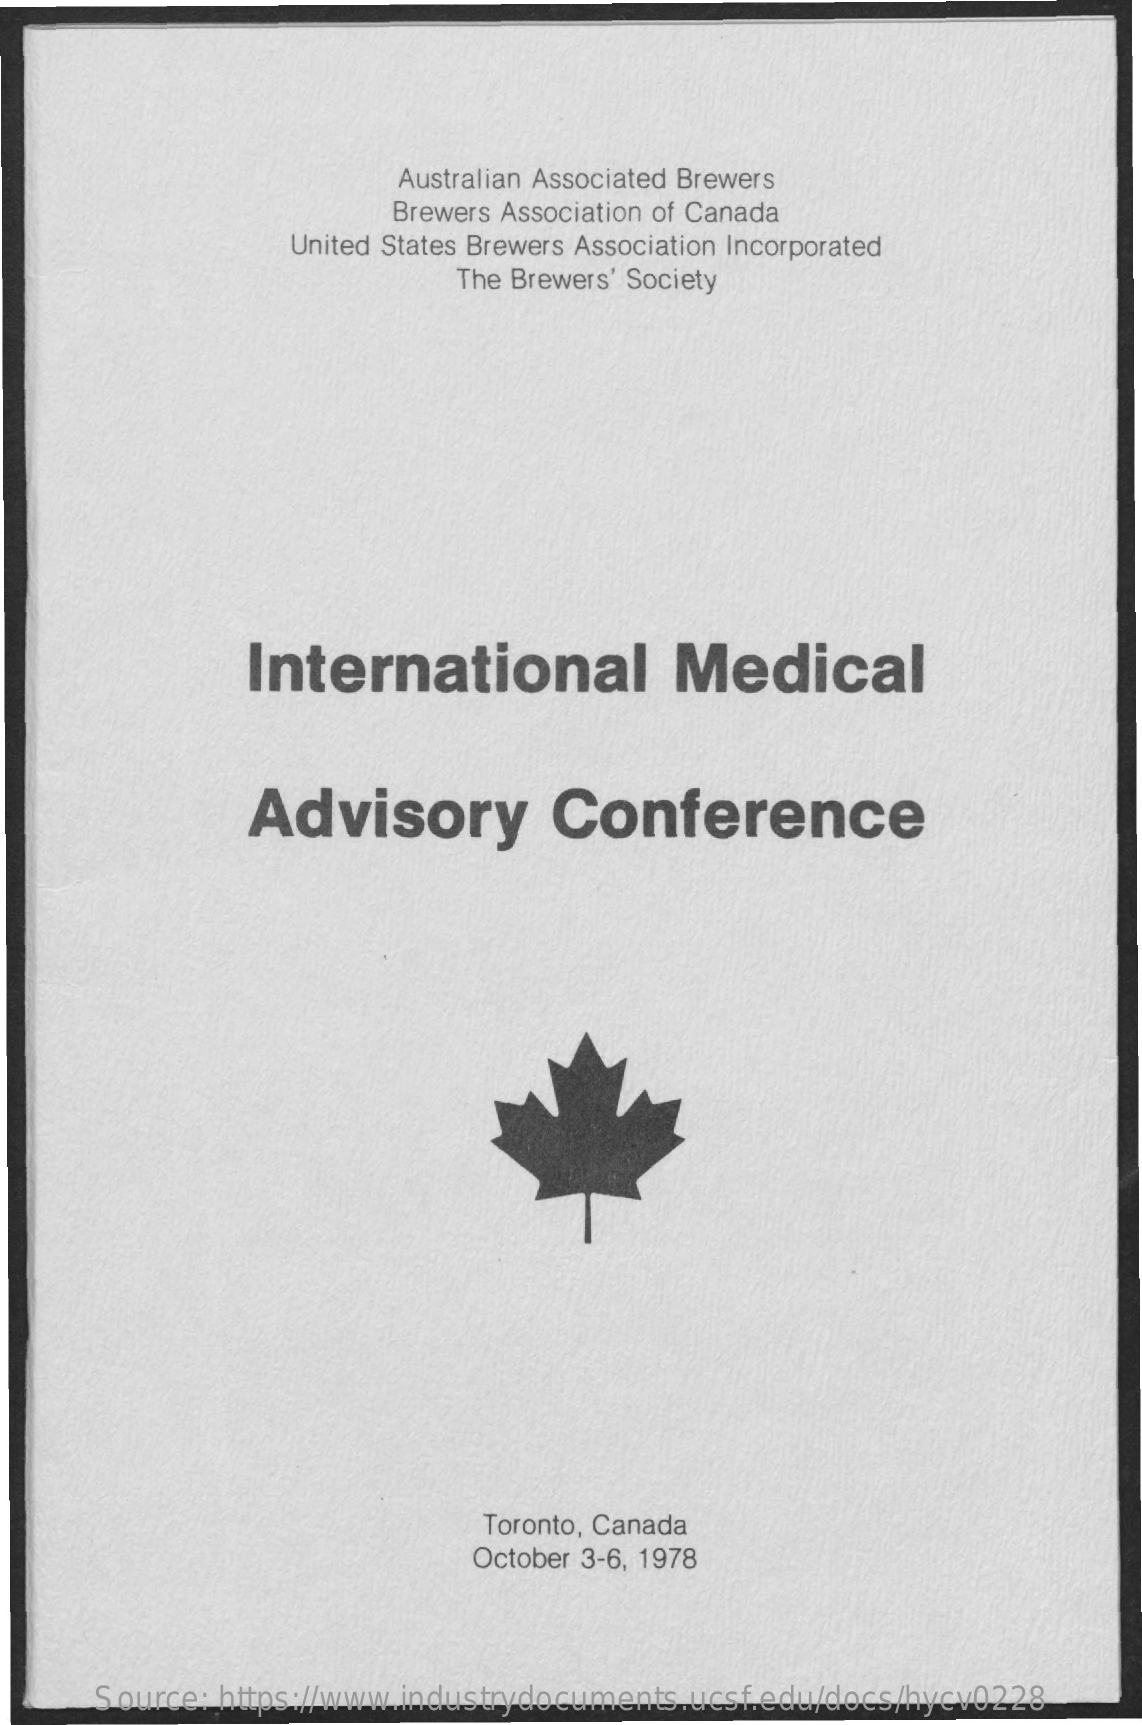
Australian Associated Brewers
     Brewers Association of Canada
     United States Brewers Association Incorporated
     The Brewers' Society
     International    Medical
     Advisory    Conference
     Toronto, Canada
     October 3-6, 1978
     Source: https://www.industrydocuments.ucsf.edu/docs/hycv0228